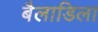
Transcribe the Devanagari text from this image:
बैलाडिला